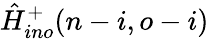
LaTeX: \hat{H}_{ino}^{+}(n-i,o-i)